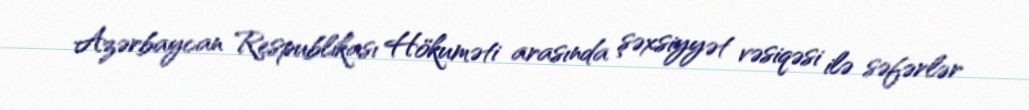
Azərbaycan Respublikası Hökuməti arasında şəxsiyyət vəsiqəsi ilə səfərlər